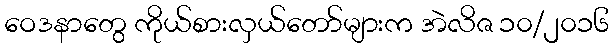
ဝေဒနာတွေ ကိုယ်စားလှယ်တော်များက အဲလိဇ ၁၀/၂၀၁၆